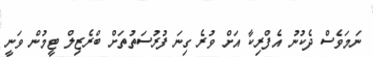
ނަމަވެސް ދެކުނު އެފްރިކާ އަށް ވުރެ ގިނަ ފުރުސަތުތަށް ބްރެޒިލް ޓީމުން ވަނީ